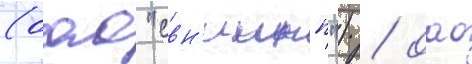
(оао "свн'иинп") / оао